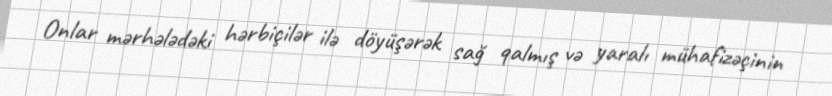
Onlar mərhələdəki hərbiçilər ilə döyüşərək sağ qalmış və yaralı mühafizəçinin